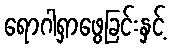
ရောဂါရှာဖွေခြင်းနှင့်